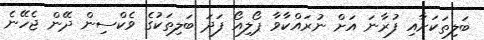
ބަލިތަކަށާއި ފުރާނަ އަށް ނުރައްކާވާ ޕޯލިއޯ ފަދަ ބަލިތަކުގެ ވެކްސިން ދޭން ޖެހޭނެ